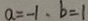
a = - 1 , b = 1